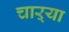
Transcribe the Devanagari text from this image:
चाऱ्या